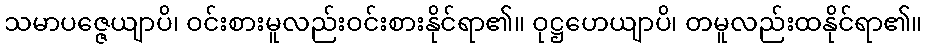
သမာပဇ္ဇေယျာပိ၊ ဝင်းစားမူလည်းဝင်းစားနိုင်ရာ၏။ ဝုဋ္ဌဟေယျာပိ၊ တမူလည်းထနိုင်ရာ၏။